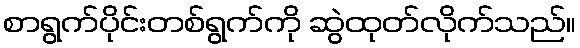
စာရွက်ပိုင်းတစ်ရွက်ကို ဆွဲထုတ်လိုက်သည်။